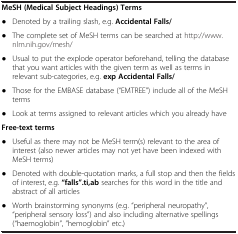
<table><thead><tr><td colspan="2"><b> </b></td></tr></thead><tbody><tr><td colspan="2"><b>MeSH (Medical Subject Headings) Terms</b></td></tr><tr><td>● </td><td>Denoted by a trailing slash, e.g. <b>Accidental Falls/</b></td></tr><tr><td>● </td><td>The complete set of MeSH terms can be searched at http://www.nlm.nih.gov/mesh/</td></tr><tr><td>● </td><td>Usual to put the explode operator beforehand, telling the database that you want articles with the given term as well as terms in relevant sub-categories, e.g. <b>exp Accidental Falls/</b></td></tr><tr><td>● </td><td>Those for the EMBASE database (“EMTREE”) include all of the MeSH terms</td></tr><tr><td>● </td><td>Look at terms assigned to relevant articles which you already have</td></tr><tr><td colspan="2"><b>Free-text terms</b></td></tr><tr><td>● </td><td>Useful as there may not be MeSH term(s) relevant to the area of interest (also newer articles may not yet have been indexed with MeSH terms)</td></tr><tr><td>● </td><td>Denoted with double-quotation marks, a full stop and then the fields of interest, e.g. <b>“falls”.ti,ab</b> searches for this word in the title and abstract of all articles</td></tr><tr><td>● </td><td>Worth brainstorming synonyms (e.g. “peripheral neuropathy”, “peripheral sensory loss”) and also including alternative spellings (“haemoglobin”, ”hemoglobin” etc.)</td></tr></tbody></table>